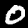
Label: 0